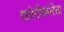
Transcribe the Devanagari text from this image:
खरेदीकरिता